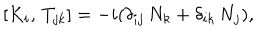
LaTeX: [ K _ { i } , \, T _ { j k } ] = - i ( \delta _ { i j } \, N _ { k } + \delta _ { i k } \, N _ { j } ) ,